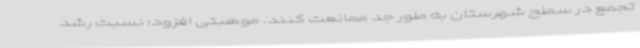
تجمع در سطح شهرستان به طور جد ممانعت کنند. موهبتی افزود: نسبت رشد